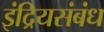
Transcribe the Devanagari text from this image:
इंद्रियसंबंध